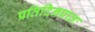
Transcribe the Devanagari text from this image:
प्रतिदिनप्रातः